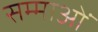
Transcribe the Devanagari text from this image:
सम्माओं